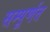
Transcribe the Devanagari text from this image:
सम्पूर्णत